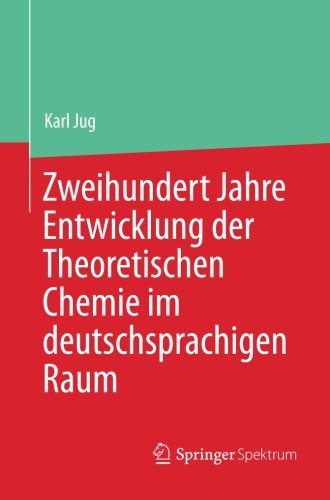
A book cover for Zweihundert Jahre Entwicklung der Theoretischen Chemie im deutschsprachigen Raum (German Edition); Prof. Dr. Karl Jug; Science & Math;